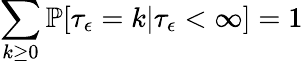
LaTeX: \sum_{k\ge 0}\mathbb{P}[\tau_{\epsilon}=k|\tau_{\epsilon}<\infty]=1